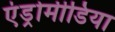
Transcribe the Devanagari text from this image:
एंड्रोमीडिया